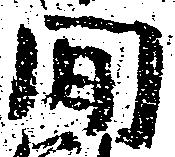
間